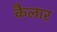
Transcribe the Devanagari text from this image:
कैलार